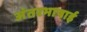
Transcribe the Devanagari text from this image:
अंतरभाषाई